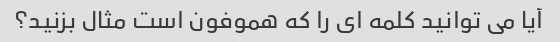
آیا می توانید کلمه ای را که هموفون است مثال بزنید؟